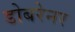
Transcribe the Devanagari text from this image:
डोबरेनर